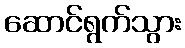
ဆောင်ရွက်သွား